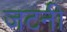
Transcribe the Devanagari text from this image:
जटनी